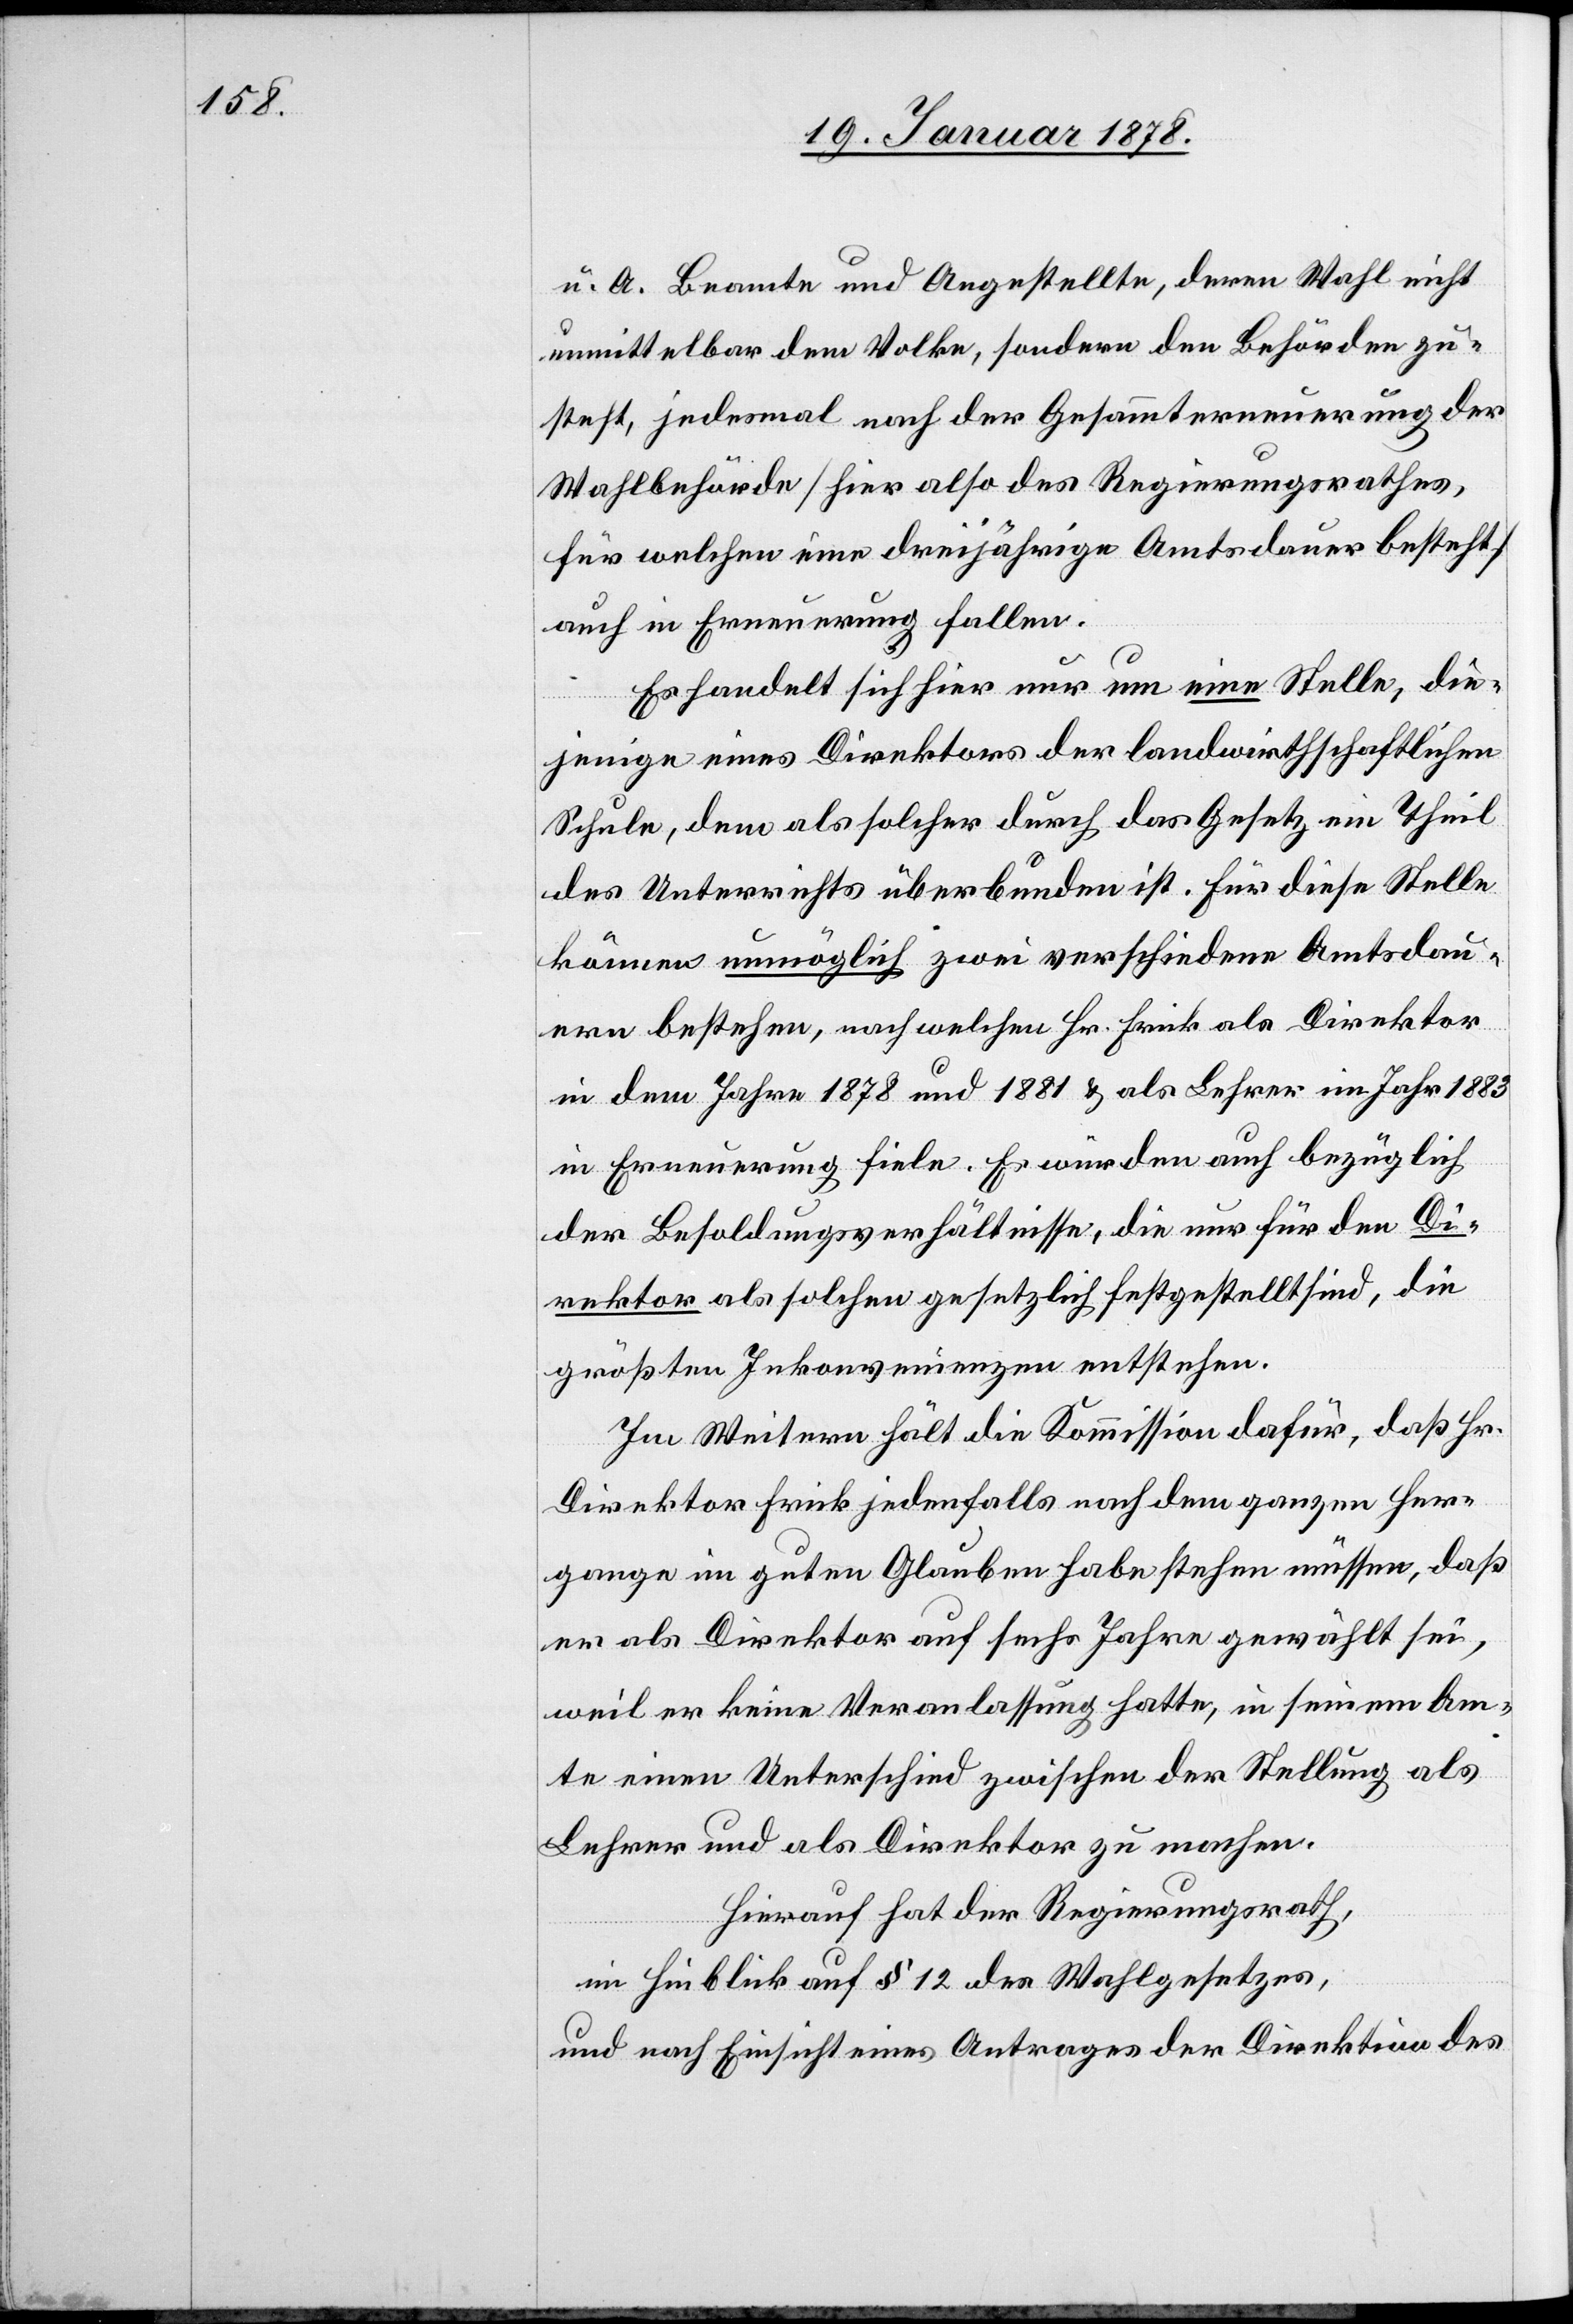
u. A. Beamte und Angestellte, deren Wahl nicht
unmittelbar dem Volke, sondern den Behörden zu¬
steht, jedes Mal nach der Gesammterneuerung der
Wahlbehörde (hier also des Regierungsrathes,
für welchen eine dreijährige Amtsdauer besteht)
auch in Erneuerung fallen.
Es handelt sich hier nur um eine Stelle, die¬
jenige eines Direktors der landwirthschaftlichen
Schule, dem als solcher durch das Gesetz ein Theil
des Unterrichts überbunden ist. Für diese Stelle
können unmöglich zwei verschiedene Amtsdau¬
ern bestehen, nach welchen Hr. Frick als Direktor
in dem Jahre 1878 und 1881 & als Lehrer im Jahr 1883
in Erneuerung fiele. Es würden auch bezüglich
der Besoldungsverhältnisse, die nur für den Di¬
rektor als solchen gesetzlich festgestellt sind, die
größten Inkonvenienzen entstehen.
Im Weitern hält die Kommission dafür, daß Hr.
Direktor Frick jedenfalls nach dem ganzen Her¬
gange im guten Glauben habe stehen müssen, daß
er als Direktor auf sechs Jahre gewählt sei,
weil er keine Veranlassung hatte, in seinem Am¬
te einen Unterschied zwischen der Stellung als
Lehrer und als Direktor zu machen.
Hierauf hat der Regierungsrath,
im Hinblick auf § 12 des Wahlgesetzes,
und nach Einsicht eines Antrages der Direktion des